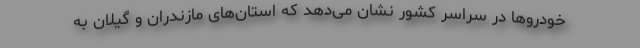
خودرو‌ها در سراسر کشور نشان می‌دهد که استان‌های مازندران و گیلان به